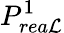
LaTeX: P_{rea\mathcal{L}}^{1}